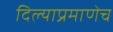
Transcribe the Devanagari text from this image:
दिल्याप्रमाणेच